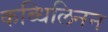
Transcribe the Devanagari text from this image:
कब्धिलिनन